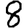
Digit: 8